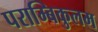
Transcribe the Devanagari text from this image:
पराम्बिकुलम